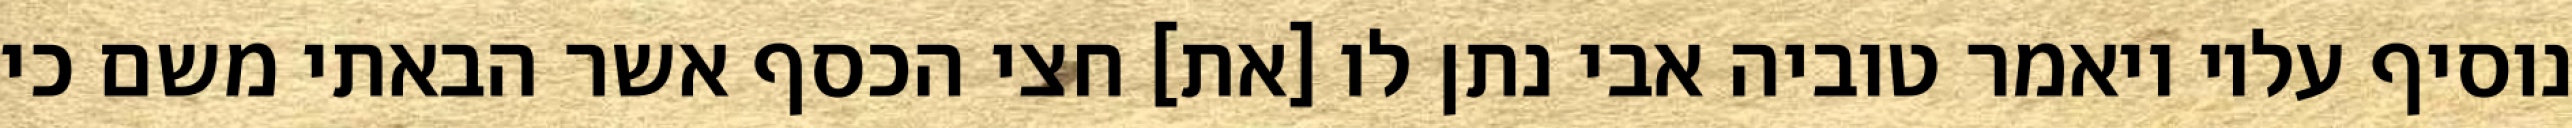
נוסיף עליו ויאמר טוביה אבי נתן לו [את] חצי הכסף אשר הבאתי משם כי